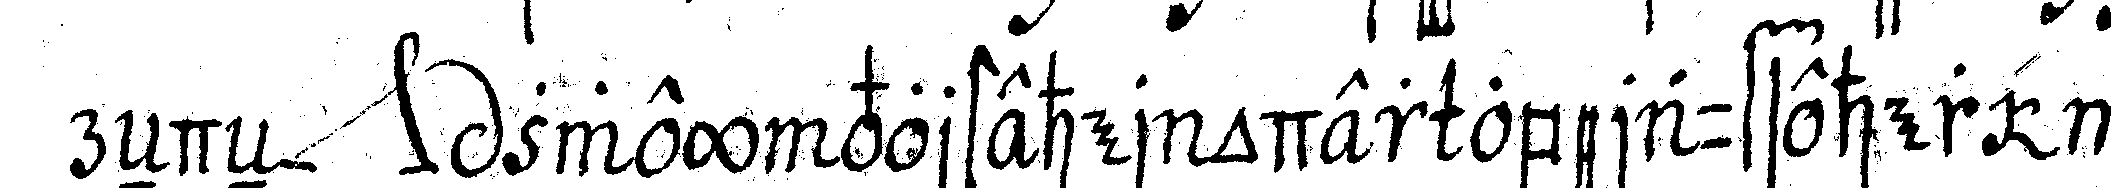
reNdeN *nee* zwey vorsteher oder oberaufseher